system: You are a helpful assistant.
user:
Analyze the provided spectrum to determine if it is a **"Cataclysmic Variables (CV)"**.

- **Key Indicators for CV (Check for either state):**
    - **State 1: Quiescent / Low-State (Emission-Dominated)**
        - **(Primary):** Strong and *very broad* Hydrogen Balmer emission lines (e.g., $H\alpha$ at 6563 Å, $H\beta$ at 4861 Å). The 'broadness' (high velocity dispersion, often FWHM > 1000 km/s) is the key diagnostic, indicating a high-velocity accretion disk.
        - **(Secondary):** Broad neutral Helium (He I) emission lines (e.g., 5876 Å, 6678 Å).
        - **(Key Confirmation):** Presence of high-excitation *ionized* Helium (He II) emission at 4686 Å. This is a strong indicator of accretion onto a white dwarf.
        - **(Line Profile):** Emission lines may exhibit a 'double-peaked' profile, which is a classic signature of a rotating accretion disk viewed at high inclination.

    - **State 2: Outburst / High-State (Absorption-Dominated)**
        - **(Primary):** Spectrum is dominated by a bright, blue continuum (looks like a hot star).
        - **(Secondary):** The emission lines from State 1 are weak, absent, or 'filled in', and are replaced by broad, shallow *absorption* lines (primarily Balmer and He I).
        - **(Morphology):** The overall spectrum mimics a hot B/A-type star. The crucial difference is that the absorption lines are significantly broader, shallower, and more 'washed-out' (or 'smeared') than the sharp lines of a normal stellar photosphere, due to high rotational speeds and pressure broadening in the disk.

Think first, call **spectral_visualization_tool** if needed to examine features in detail, then provide your final answer. Your response must adhere to the following strict rules:
1.  **Overall Structure:** Your response must follow the format `<think>...</think> <tool_call>...</tool_call> (if a tool is used) <answer>...</answer>`.
2.  **Tool Usage Constraint:** You may only make **one** tool call per turn.
3.  **Final Answer Format:** In the `<answer>` tag, your conclusion must be inside a `\boxed{}` command (e.g., `\boxed{YES}`), followed by your justification.

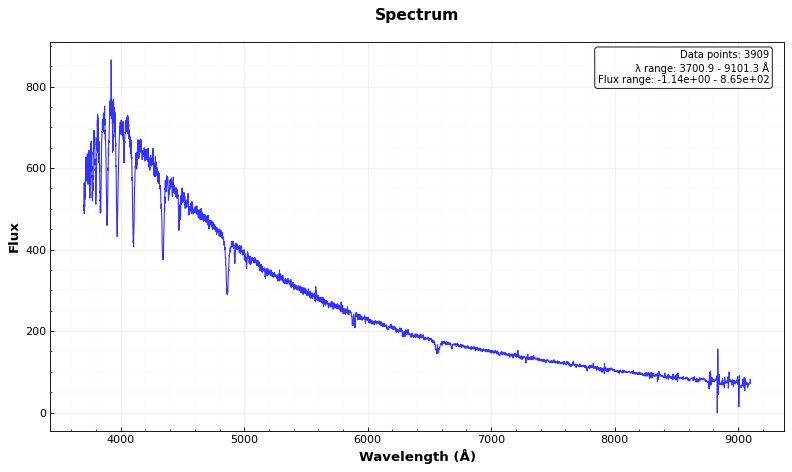
Answer: YES